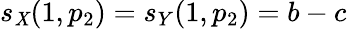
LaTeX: s_{\mathit{X}}(1,p_{2})=s_{Y}(1,p_{2})=b-c